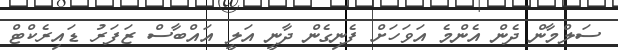
ސަލްމާން ދެން އެންމެ އަވަހަށް ފެނިގެން ދާނީ އަލީ އައްބާސް ޒަފަރު ޑައިރެކްޓް